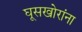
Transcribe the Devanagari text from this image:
घूसखोरांना